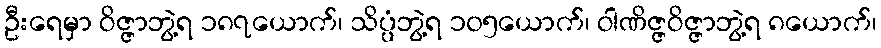
ဦးရေမှာ ဝိဇ္ဇာဘွဲ့ရ ၁၈၇ယောက်၊ သိပ္ပံဘွဲ့ရ ၁၀၅ယောက်၊ ဝါဏိဇ္ဇဝိဇ္ဇာဘွဲ့ရ ၈ယောက်၊